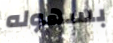
بسهوله